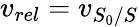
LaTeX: v_{rel}=v_{S_{0}/S}